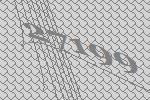
27199